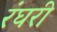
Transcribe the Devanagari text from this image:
रंघरी